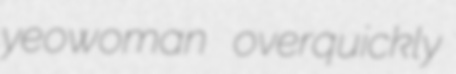
yeowoman overquickly